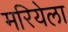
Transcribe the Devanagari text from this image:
मरियेला